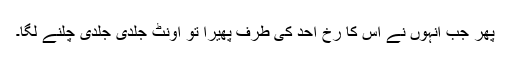
پھر جب انہوں نے اس کا رخ اُحُد کی طرف پھیرا تو اونٹ جلدی جلدی چلنے لگا۔